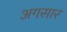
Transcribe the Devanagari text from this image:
अगसार